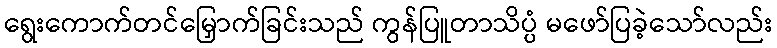
ရွေးကောက်တင်မြှောက်ခြင်းသည် ကွန်ပြူတာသိပ္ပံ မဖော်ပြခဲ့သော်လည်း